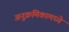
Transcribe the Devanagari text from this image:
अनुक्रमिकामध्ये